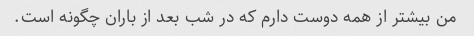
من بیشتر از همه دوست دارم که در شب بعد از باران چگونه است.